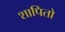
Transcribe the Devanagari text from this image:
शापितो